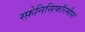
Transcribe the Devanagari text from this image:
स्फ़ेनिसिफॉरमीस